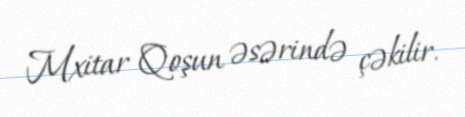
Mxitar Qoşun əsərində çəkilir.